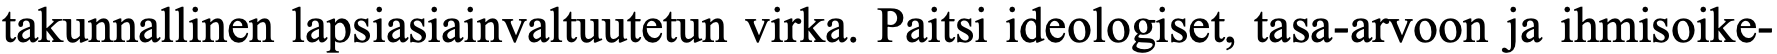
takunnallinen lapsiasiainvaltuutetun virka. Paitsi ideologiset, tasa-arvoon ja ihmisoike-